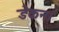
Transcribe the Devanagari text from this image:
डेकन।